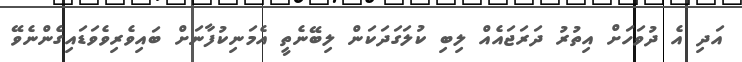
އަދި އެ ދުވަހަށް އިތުރު ދަރަޖައެއް ލިބި ކުލަގަދަކަން ލިބޭނެތީ އެމަނިކުފާނަށް ބައިވެރިވެވަޑައިގެންނެވޭ